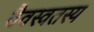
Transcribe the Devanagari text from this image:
वैवस्वतस्य